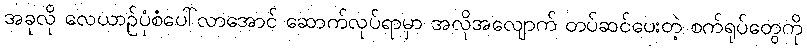
အခုလို လေယာဉ်ပုံစံပေါ်လာအောင် ဆောက်လုပ်ရာမှာ အလိုအလျောက် တပ်ဆင်ပေးတဲ့ စက်ရုပ်တွေကို